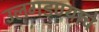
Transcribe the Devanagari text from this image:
उलगडण्याचे